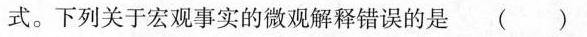
式。下列关于宏观事实的微观解释错误的是()